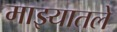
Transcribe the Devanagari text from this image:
माझ्यातले